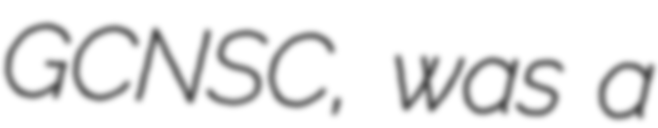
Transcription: GCNSC, was a